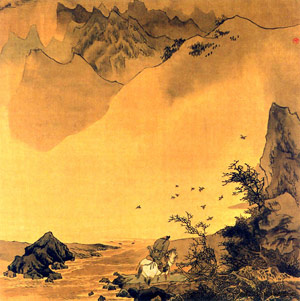
塞下秋来风景异，衡阳雁去无留意。